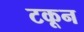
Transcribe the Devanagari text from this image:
टकून